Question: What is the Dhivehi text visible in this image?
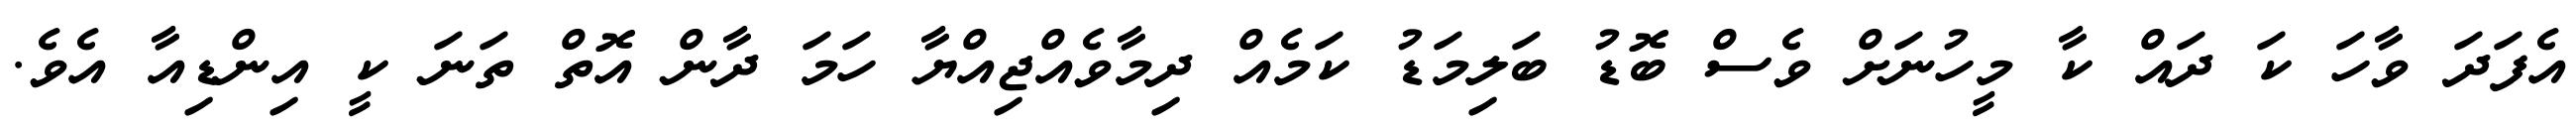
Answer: އެފަދަ ވާހަ ކަ ދައް ކާ މީހުނަށް ވެސް ބޮޑު ބަލިމަޑު ކަމެއް ދިމާވެއްޖިއްޔާ ހަމަ ދާން އޮތް ތަނަ ކީ އިންޑިއާ އެވެ.